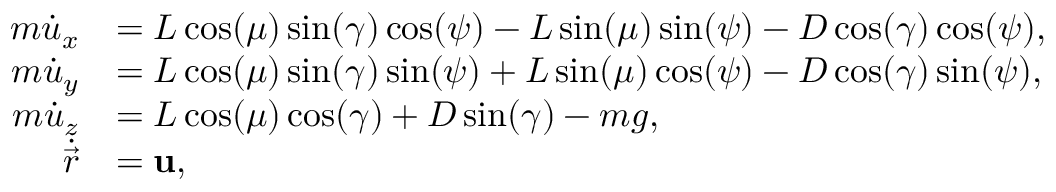
\begin{array} { r l } { m \Dot { u } _ { x } } & { = L \cos ( \mu ) \sin ( \gamma ) \cos ( \psi ) - L \sin ( \mu ) \sin ( \psi ) - D \cos ( \gamma ) \cos ( \psi ) , } \\ { m \Dot { u } _ { y } } & { = L \cos ( \mu ) \sin ( \gamma ) \sin ( \psi ) + L \sin ( \mu ) \cos ( \psi ) - D \cos ( \gamma ) \sin ( \psi ) , } \\ { m \Dot { u } _ { z } } & { = L \cos ( \mu ) \cos ( \gamma ) + D \sin ( \gamma ) - m g , } \\ { \Dot { \vec { r } } } & { = \mathbf { u } , } \end{array}